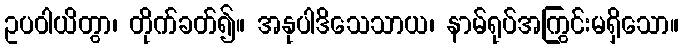
ဥပဝါယိတွာ၊ တိုက်ခတ်၍။ အနုပါဒိသေသာယ၊ နာမ်ရုပ်အကြွင်းမရှိသော။